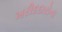
ખરીદદારોના